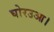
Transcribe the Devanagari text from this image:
घोरउआ।